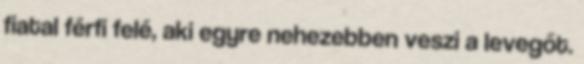
fiatal férfi felé, aki egyre nehezebben veszi a levegőt.